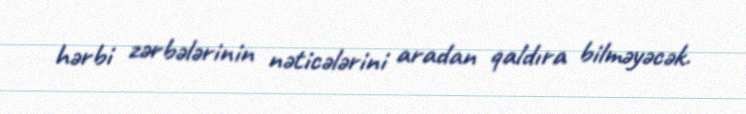
hərbi zərbələrinin nəticələrini aradan qaldıra bilməyəcək.